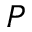
P